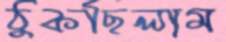
ঠুকছিলাম